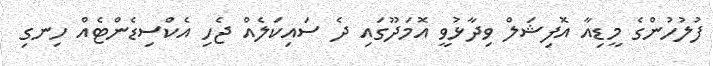
ފުލުހުންގެ މީޑިއާ އޮފިޝަލް ވިދާޅުވީ އޮމަދޫގައި ދެ ސައިކަލެއް ޖެހި އެކްސިޑެންޓެއް ހިނގި